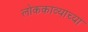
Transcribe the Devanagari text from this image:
लोककाव्याच्या